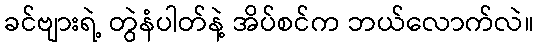
ခင်ဗျားရဲ့ တွဲနံပါတ်နဲ့ အိပ်စင်က ဘယ်လောက်လဲ။